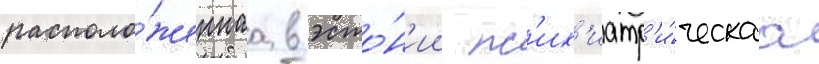
располо́женнаа в эсто́н'ии пс'их'иатр'и́ческаа